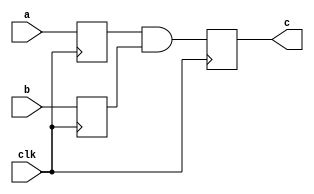
// This program was cloned from: https://github.com/lnis-uofu/OpenFPGA
// License: MIT License

/////////////////////////////////////////
//  Functionality: a pipelined 2-input AND 
//                 where inputs and outputs are registered
////////////////////////////////////////
`timescale 1ns / 1ps

module and2_pipelined(
  clk,
  a,
  b,
  c);

input wire clk;
input wire a;
input wire b;
output wire c;

reg a_reg;
reg b_reg;
reg c_reg;

always @(posedge clk) begin
  a_reg <= a;
  b_reg <= b;
end

always @(posedge clk) begin
  c_reg <= a_reg & b_reg;
end

assign c = c_reg;

endmodule